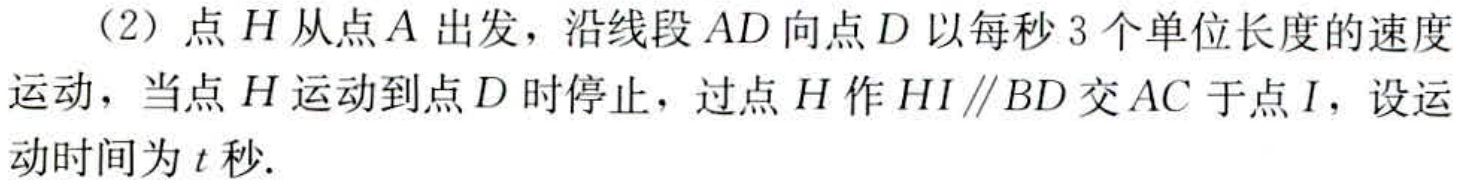
（2）点\(H\)从点\(A\)出发，沿线段\(AD\)向点\(D\)以每秒\(3\)个单位长度的速度运动，当点\(H\)运动到点\(D\)时停止，过点\(H\)作\(HI\parallel BD\)交\(AC\)于点\(I\)，设运动时间为\(t\)秒.